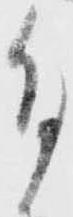
付